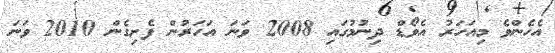
އެހެންވެ މިއަހަރު އެވޯޑް ދިނުމުގައި 2008 ވަނަ އަހަރުން ފެށިގެން 2010 ވަނަ